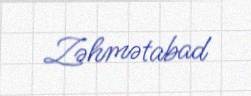
Zəhmətabad